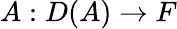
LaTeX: A:D(A)\to F